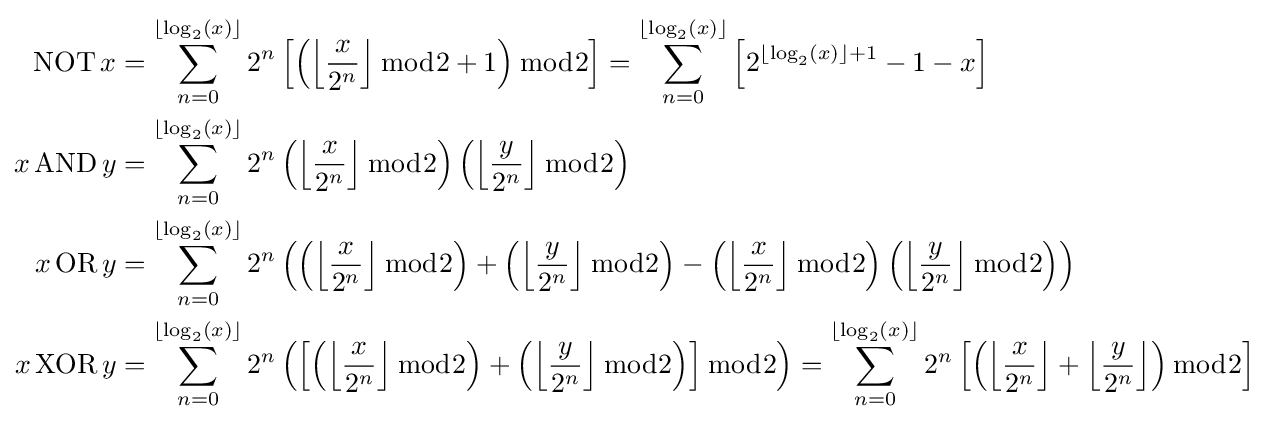
{\begin{aligned}\operatorname {NOT} x&=\sum _{n=0}^{\lfloor \log _{2}(x)\rfloor }2^{n}\left[\left(\left\lfloor {\frac {x}{2^{n}}}\right\rfloor {\bmod {2}}+1\right){\bmod {2}}\right]=\sum _{n=0}^{\lfloor \log _{2}(x)\rfloor }\left[2^{\left\lfloor \log _{2}(x)\right\rfloor +1}-1-x\right]\\x\operatorname {AND} y&=\sum _{n=0}^{\lfloor \log _{2}(x)\rfloor }2^{n}\left(\left\lfloor {\frac {x}{2^{n}}}\right\rfloor {\bmod {2}}\right)\left(\left\lfloor {\frac {y}{2^{n}}}\right\rfloor {\bmod {2}}\right)\\x\operatorname {OR} y&=\sum _{n=0}^{\lfloor \log _{2}(x)\rfloor }2^{n}\left(\left(\left\lfloor {\frac {x}{2^{n}}}\right\rfloor {\bmod {2}}\right)+\left(\left\lfloor {\frac {y}{2^{n}}}\right\rfloor {\bmod {2}}\right)-\left(\left\lfloor {\frac {x}{2^{n}}}\right\rfloor {\bmod {2}}\right)\left(\left\lfloor {\frac {y}{2^{n}}}\right\rfloor {\bmod {2}}\right)\right)\\x\operatorname {XOR} y&=\sum _{n=0}^{\lfloor \log _{2}(x)\rfloor }2^{n}\left(\left[\left(\left\lfloor {\frac {x}{2^{n}}}\right\rfloor {\bmod {2}}\right)+\left(\left\lfloor {\frac {y}{2^{n}}}\right\rfloor {\bmod {2}}\right)\right]{\bmod {2}}\right)=\sum _{n=0}^{\lfloor \log _{2}(x)\rfloor }2^{n}\left[\left(\left\lfloor {\frac {x}{2^{n}}}\right\rfloor +\left\lfloor {\frac {y}{2^{n}}}\right\rfloor \right){\bmod {2}}\right]\end{aligned}}